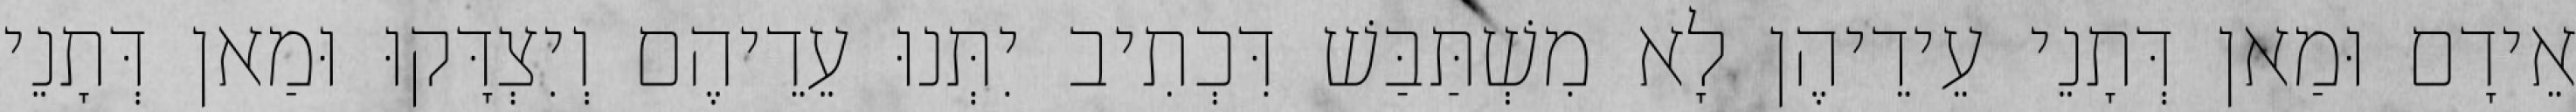
אֵידָם וּמַאן דְּתָנֵי עֵידֵיהֶן לָא מִשְׁתַּבַּשׁ דִּכְתִיב יִתְּנוּ עֵדֵיהֶם וְיִצְדָּקוּ וּמַאן דְּתָנֵי